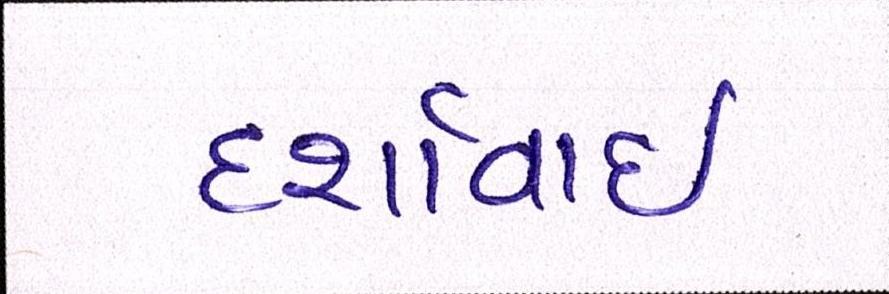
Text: દર્શાવાઈ